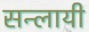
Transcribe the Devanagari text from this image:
सन्लायी